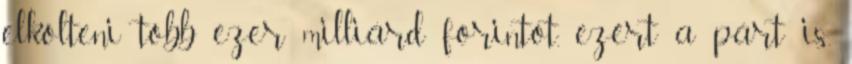
elkölteni több ezer milliárd forintot, ezért a párt is.